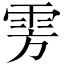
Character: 雱